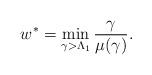
LaTeX: \begin{align*} w^* = \min_{\gamma>\Lambda_1} \frac{\gamma}{\mu (\gamma)}.\end{align*}